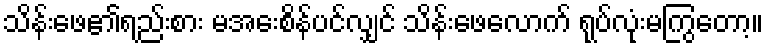
သိန်းဖေ၏ရည်းစား မအေးစိန်ပင်လျှင် သိန်းဖေလောက် ရုပ်လုံးမကြွတော့။